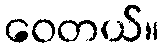
ဝေတယ်။